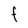
Character: F